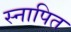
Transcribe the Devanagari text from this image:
स्नापित